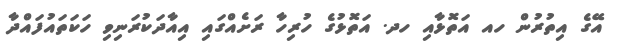
އޭގެ އިތުރުން ހއ އަތޮޅާއި ހދ. އަތޮޅުގެ ހުރިހާ ރަށެއްގައި އިއާދަކުރަނިވި ހަކަތައުފައްދާ